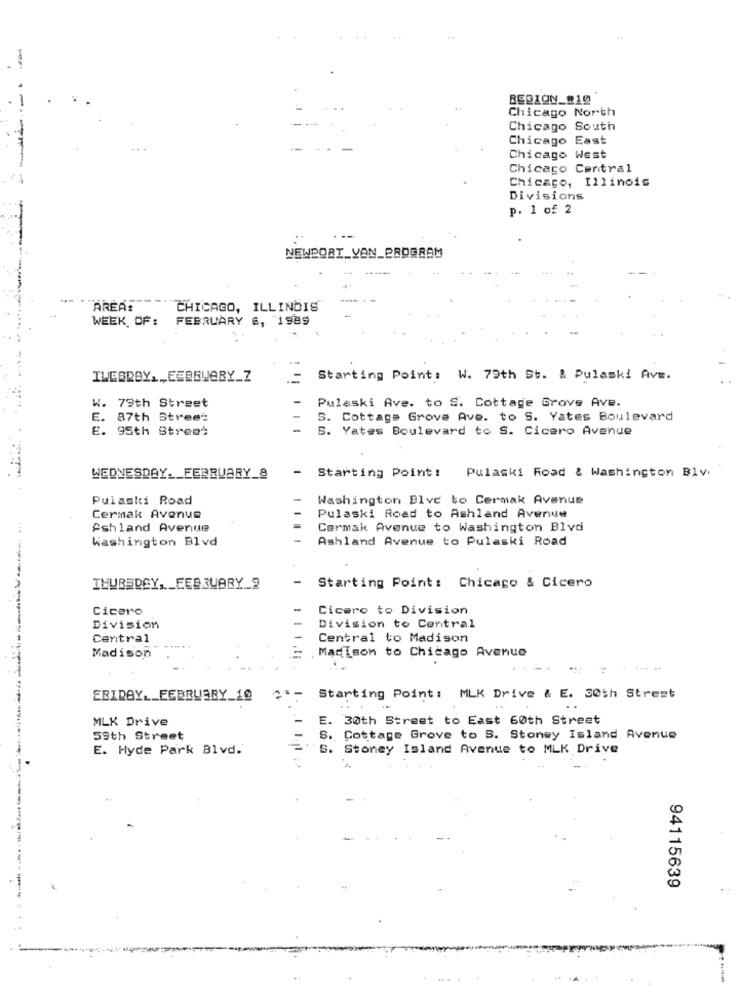
BESION_#10
Chicago North
Chicago South
Chicago East
Chicago West
Chicago Central
-----
Chicago, Illinois
Divisions
p. 1 of 2
NEWPORT YON_PROGRAM
-----
AREAS
CHICAGO, ILLINOIS
WEEK OF:
FEBRUARY 6, 1989
IWESROY ., FEBRUARY_Z
Starting Point: W. 75th St. & Pulaski Ave.
W. 79th Street
Pulaski Ave. to S. Cottage Grove Ave.
E.
87th Street
S. Cottage Grove Ave. to S. Yates Boulevard
E. 95th Street
S. Yates Boulevard to S. Cicero Avenue
-
Starting Point: Pulaski Road & Washington Blv.
WEDNESDAY. FEBRUARY_8
Pulaski Road
Washington Blvd to Cermak Avenue
Cermak Avenue
Pulaski Road to Ashland Avenue
Ashland Avenue
Cermak Avenue to Washington Blvd
Washington Blvd
Ashland Avenue to Pulaski Road
--
THURSDAY, FEBRUARY_2
Starting Point: Chicago & Cicero
Cicero
Cicero to Division
Division
Division to Central
Central
Central to Madison
Madison to Chicago Avenue
Madison
ERIDAY __ FEBRUARY_10
Starting Point: MLK Drive & E. 30th Street
MLK Drive
E. 30th Street to East 60th Street
59th Street
S. Cottage Grove to S. Stoney Island Avenue
E. Hyde Park Blvd.
S. Stoney Island Avenue to MLK Drive
94115639